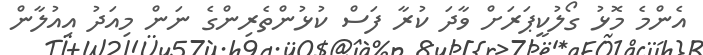
އެންމެ މޮޅު ގޯލުކީޕަރަށް ވާދަ ކުރާ ފަސް ކުޅުންތެރިންގެ ނަން މިއަދު އިއުލާން